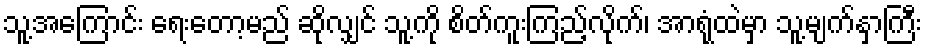
သူ့အကြောင်း ရေးတော့မည် ဆိုလျှင် သူ့ကို စိတ်ကူးကြည့်လိုက်၊ အာရုံထဲမှာ သူ့မျက်နှာကြီး